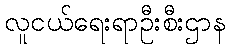
လူငယ်ရေးရာဦးစီးဌာန